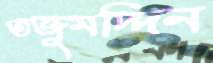
তজুমদ্দিন